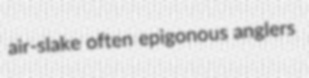
air-slake often epigonous anglers